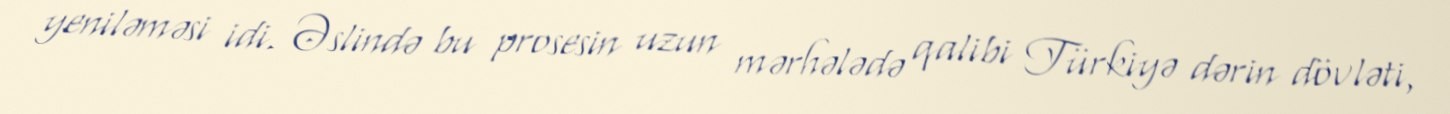
yeniləməsi idi. Əslində bu prosesin uzun mərhələdə qalibi Türkiyə dərin dövləti,